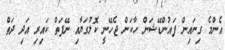
އެންމެ ގިނައިން ފައުންޑޭޝަން ހާކަން ޖެހޭނީ ކޮލުގަޔާއި ނޭފަތް ކައިރި އަދި ދަތް